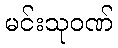
မင်းသုဝဏ်